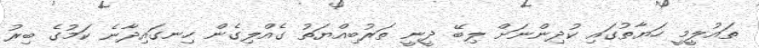
ތައުލީމީ ހަޔާތުގައި ކުދިންނަށް ލިބޭ ދީނީ ތަރުބިއްޔަތު ގެއްލިގެން ހިނގައިދާނެ ކަމުގެ ބިރު